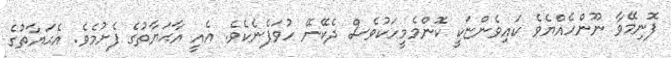
ފޮނިމޭވާ ނޫންހެއްޔެވެ ކައިވެންޏަކީ ކޮންމެމީހަކުވެސް ދެކޭނޭ ހުވަފެނެކެވެ. އެއީ އާޙަޔާތުގެ ފެށުމެވެ. އެޙަޔާތުގެ